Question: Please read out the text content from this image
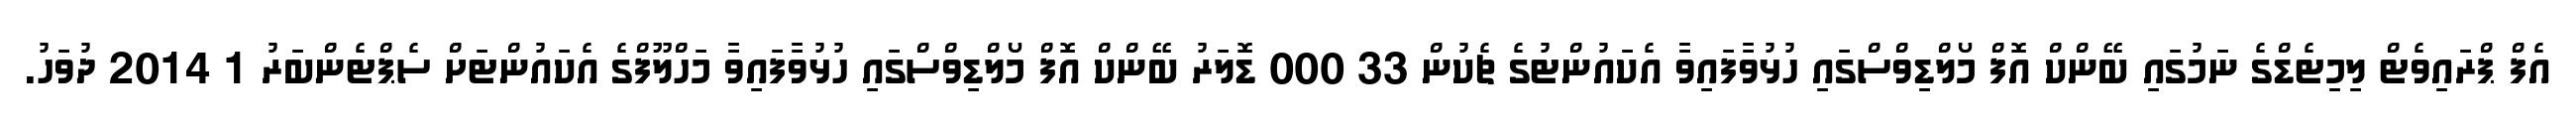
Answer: އެފް ޕްރައިވެޓް ލިމިޓެޑްގެ ނަމުގައި ބޭންކް އޮފް މޯލްޑިވްސްގައި ހުޅުވާފައިވާ އެކައުންޓުގެ ޗެކުން 33 000 ޑޮލަރު ބޭންކް އޮފް މޯލްޑިވްސްގައި ހުޅުވާފައިވާ މަހްލޫފްގެ އެކައުންޓަށް ސެޕްޓެންބަރު 1 2014 ދުވަހު.